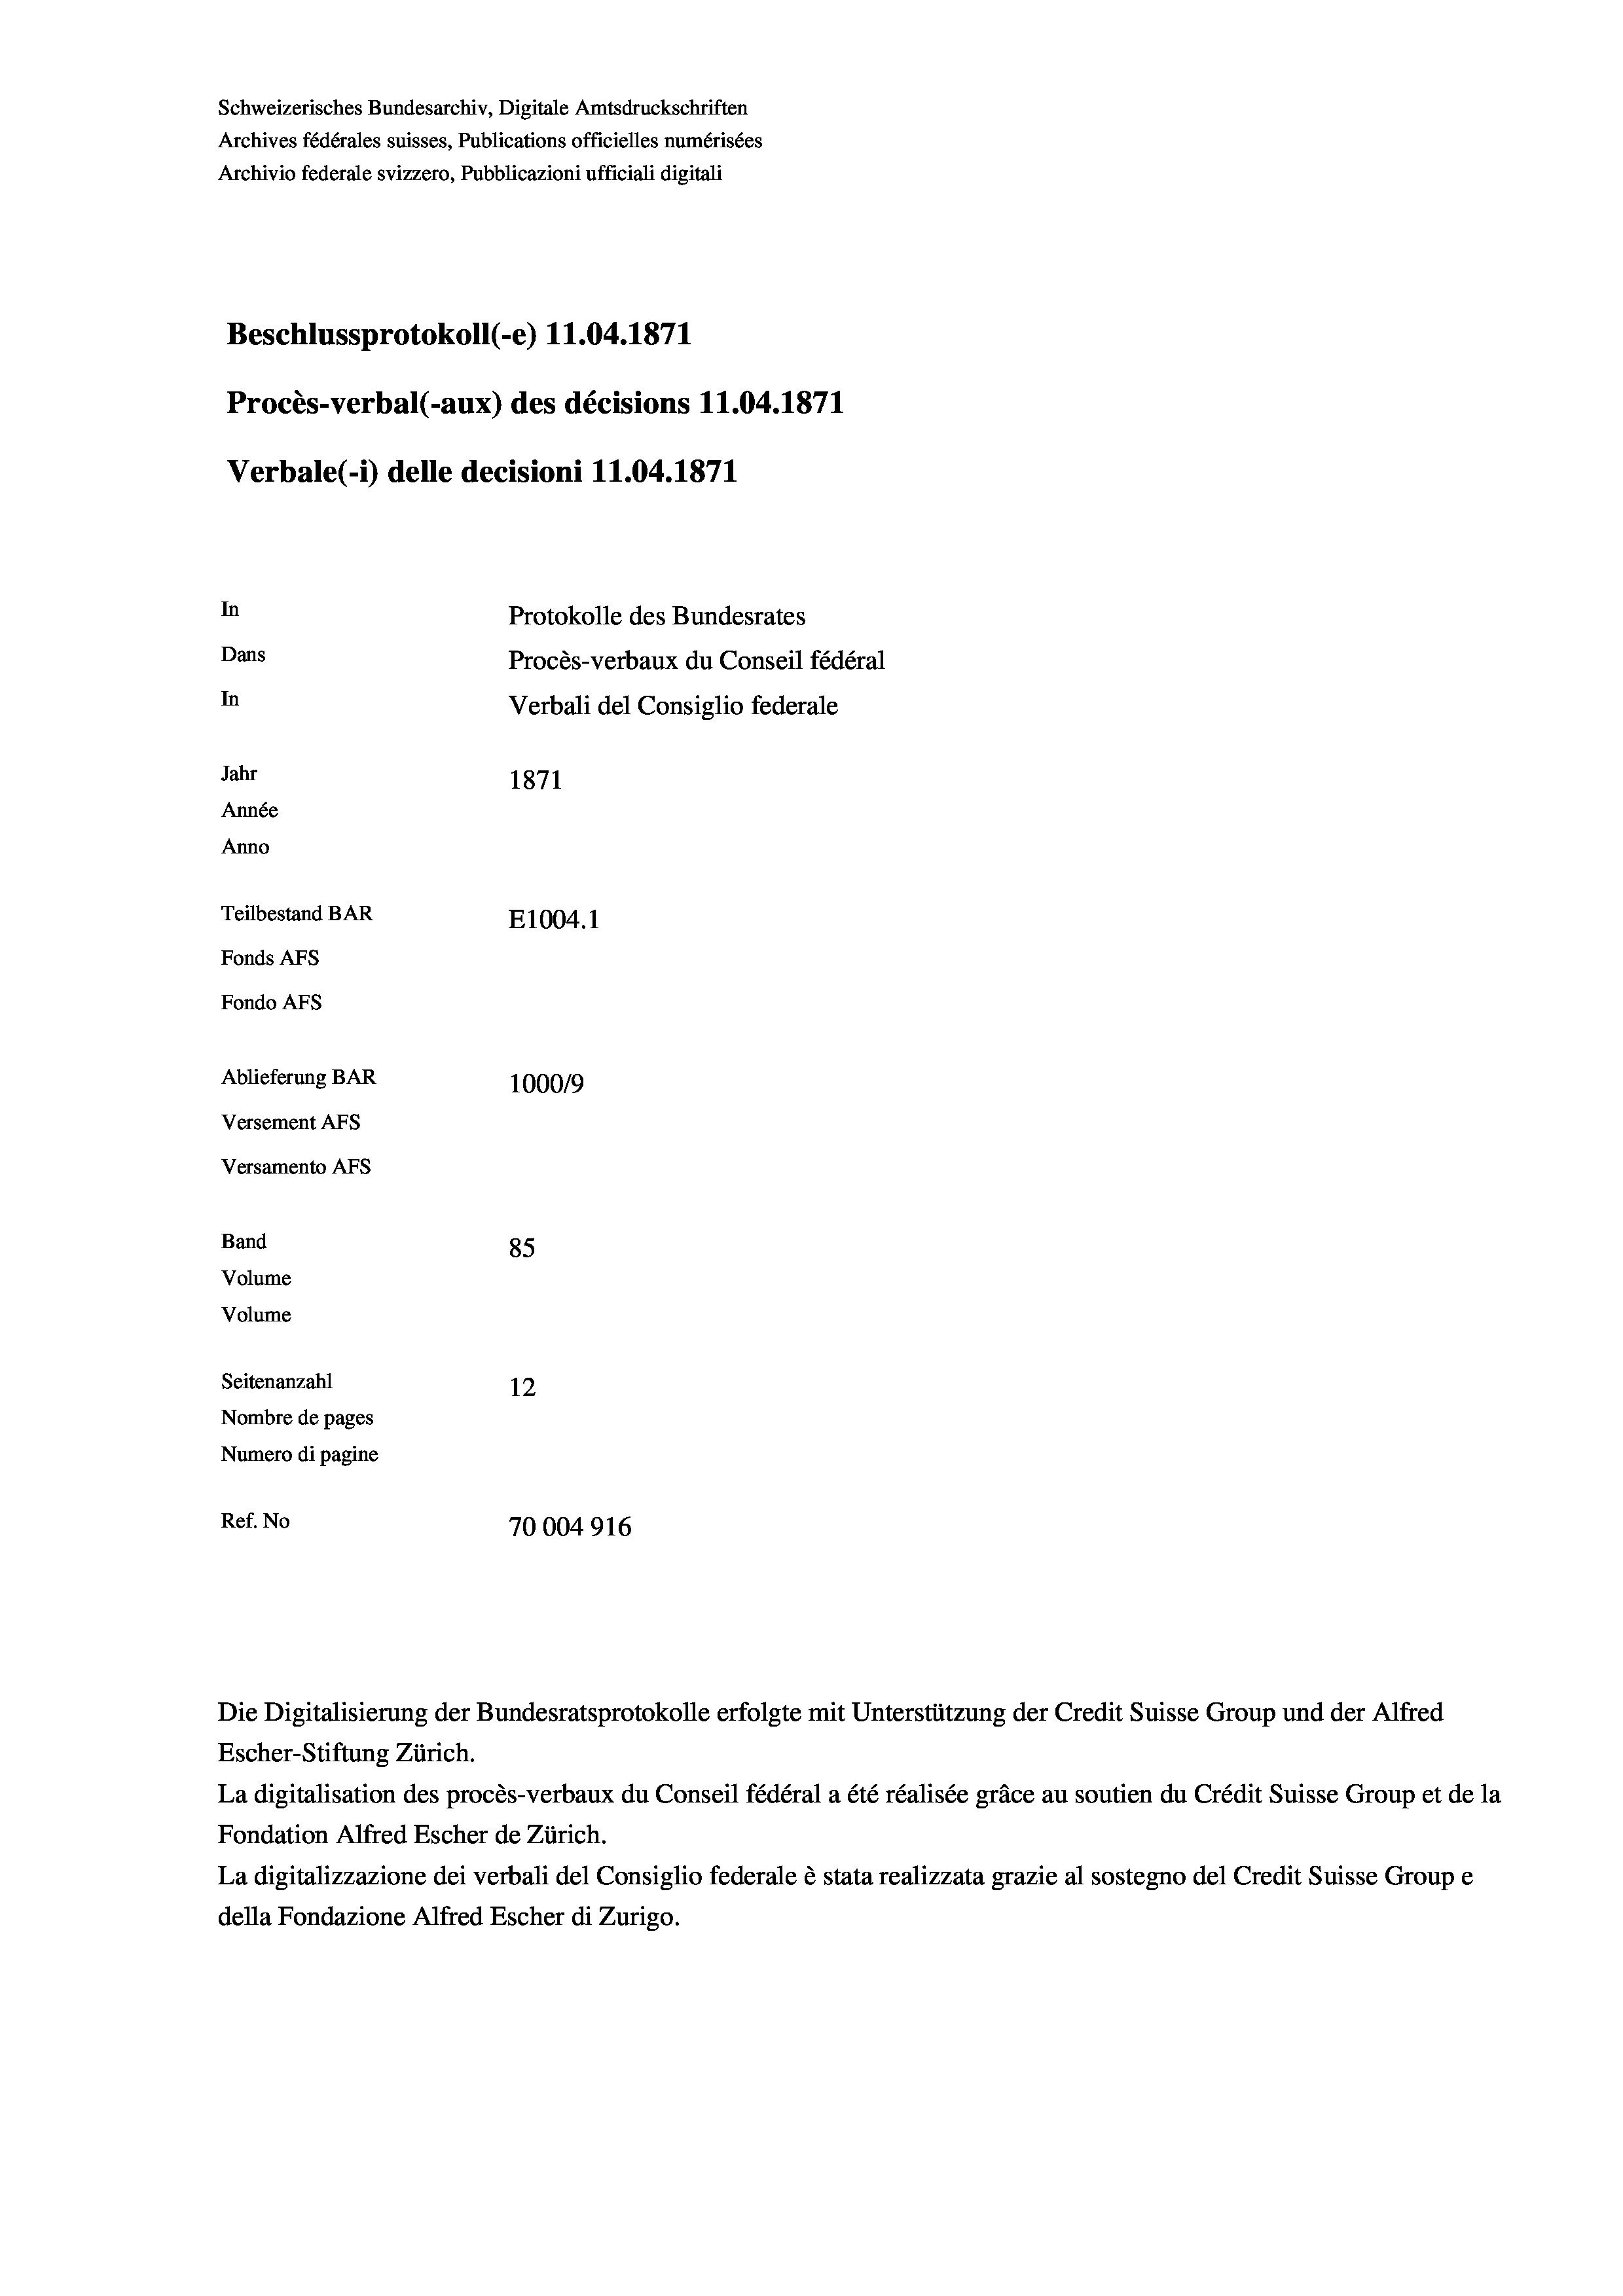
Schweizerisches Bundesarchiv, Digitale Amtsdruckschriften
Archives fédérales suisses, Publications officielles numérisées
Archivio federale svizzero, Pubblicazioni ufficiali digitali
Beschlussprotokoll (-e) 11.04. 1871
Procès-verbal (-aux) des décisions 11.04. 1871
Verbale (1) delle decisioni 11.04. 1871
In
Protokolle des Bundesrates
Dans
Procès-verbaux du Conseil fédéral
In
Verbali del Consiglio federale
Jahr
1871
Année
Anno
Teilbestand BAR
E1004. 1
Fonds AFs
Fondo AFs
Ablieferung BAR
100019
Versement AFS
Versamento Afs
Band
85
Volume
Volume

Seitenanzahl
12
Nombre de pages
Numero di pagine
Ref. No
70004916

Escher-Stiftung Zürich.
La digitalisation des procès-verbaux du Conseil fédéral a été réalisée gräce au soutien du Crédit Suisse Group et de la
Fondation Alfred Escher de Zürich.
La digitalizzazione dei verbali del Consiglio federale è stata realizzata grazie al sostegno del Credit Suisse Groupe
della Fondazione Alfred Escher di Zurigo.

Die Digitalisierung der Bundesratsprotokolle erfolgte mit Unterstützung der Credit Suisse Group und der Alfred